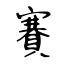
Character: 賽